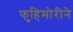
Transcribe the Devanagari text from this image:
फुहिमोरीने